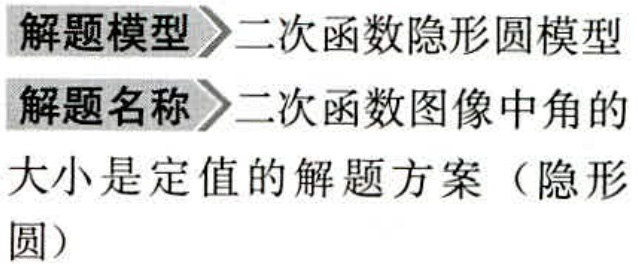
解题模型\(>\)二次函数隐形圆模型
解题名称\(>\)二次函数图像中角的
大小是定值的解题方案（隐形
圆）